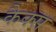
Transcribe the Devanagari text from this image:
कैक्स